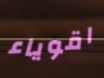
اقوياء